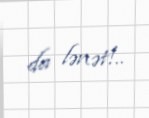
da lənət!..